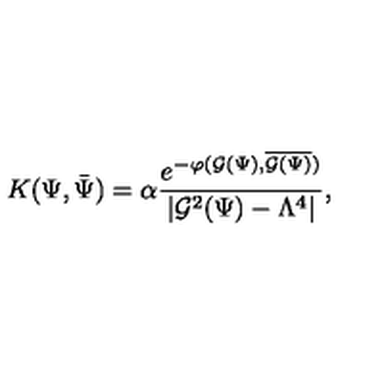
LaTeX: { K } ( \Psi , \bar { \Psi } ) = \alpha { \frac { e ^ { - \varphi ( { \cal G } ( \Psi ) , \overline { { { \cal G } ( \Psi ) } } ) } } { | { \cal G } ^ { 2 } ( \Psi ) - \Lambda ^ { 4 } | } } ,